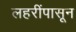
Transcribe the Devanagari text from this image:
लहरींपासून